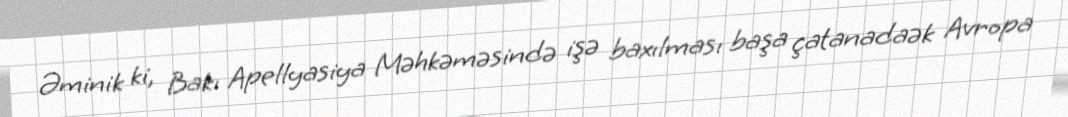
Əminik ki, Bakı Apellyasiya Məhkəməsində işə baxılması başa çatanadaək Avropa